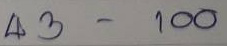
43 - 100